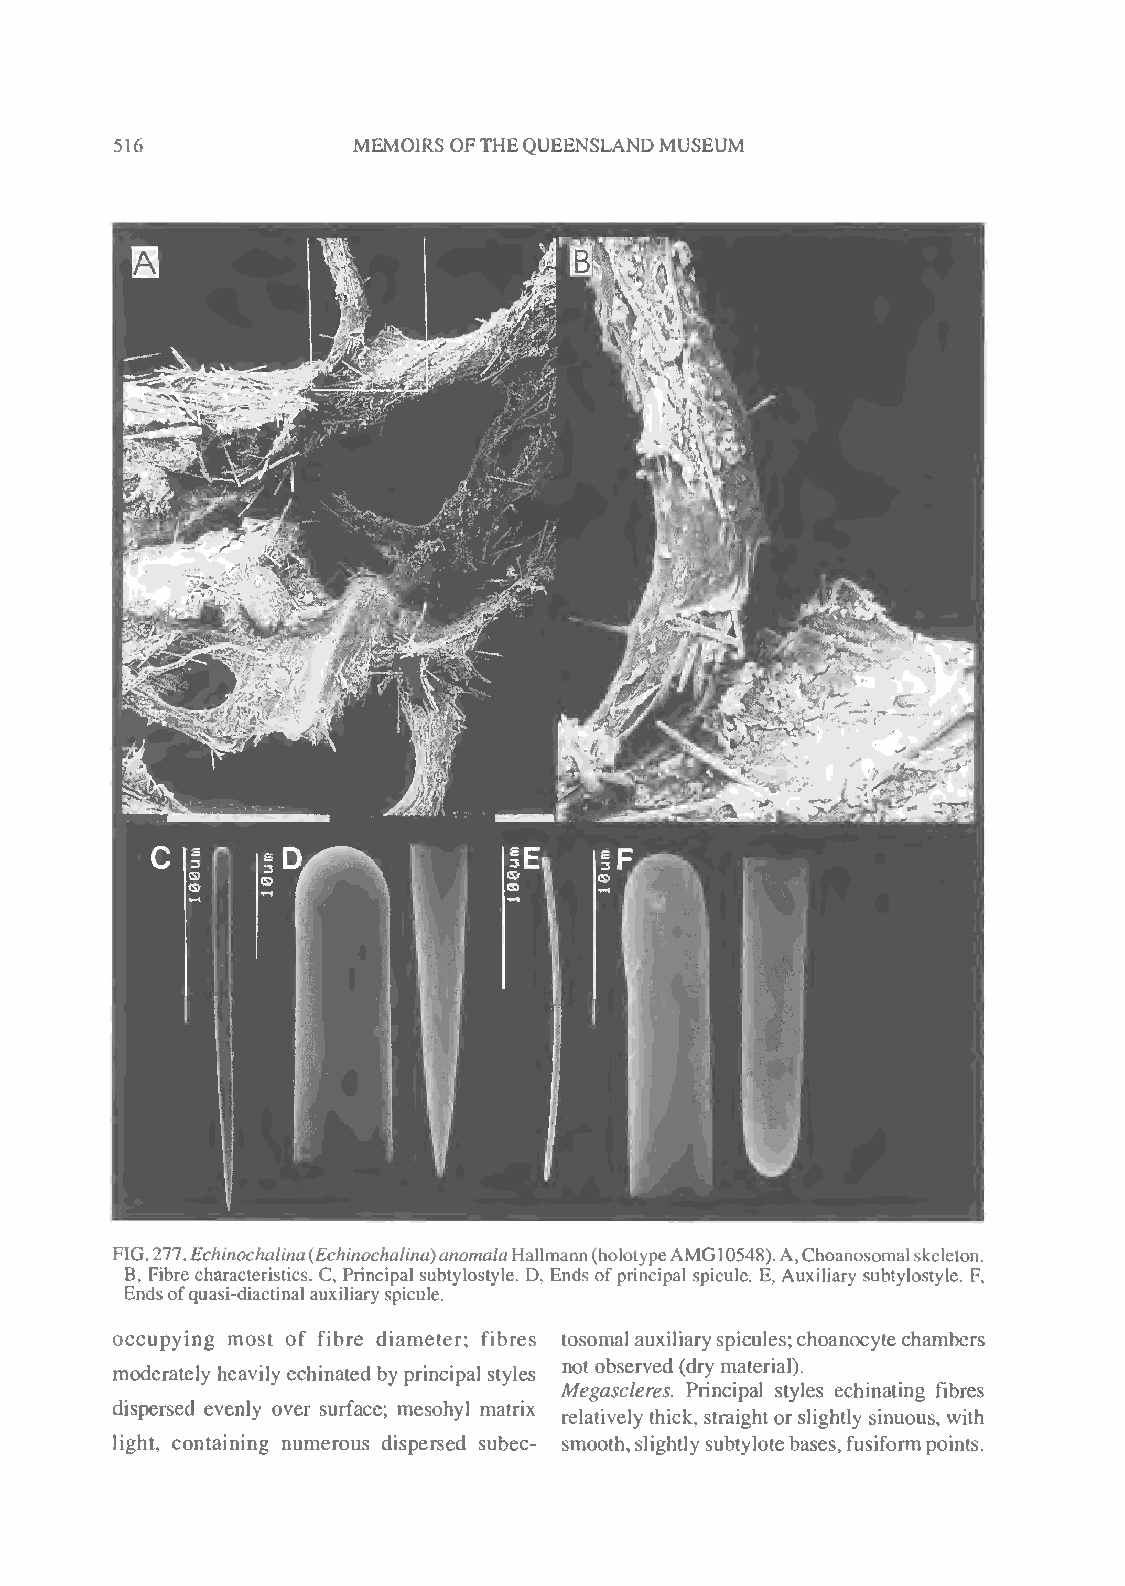
516            MEMOIRS OFTHEQUEENSLANDMUSEUM
 FIG.277.Echinochalina(Echinochalina)anomalaHallmann(holotypeAMG10548).A,Choanosomalskeleton.
 B, Fibre characteristics. C, Principal subtylostyle. D, Ends ofprincipal spicule. E, Auxiliary subtylostyle. F,
 Endsofquasi-diactinalauxiliary spicule.
 occupying most of fibre diameter; fibres tosomal auxiliaryspicules;choanocytechambers
 moderately heavily echinated by principal styles not observed (dry material).
 Megascleres. Principal styles echinating fibres
 dispersed evenly over surface; mesohyl matrix
 relatively thick) straightorslightly sinu0US) with
 light, containing numerous dispersed subec- smooth,slightlysubtylotebases,fusiformpoints.